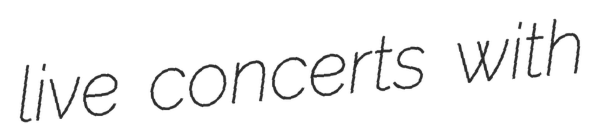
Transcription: live concerts with